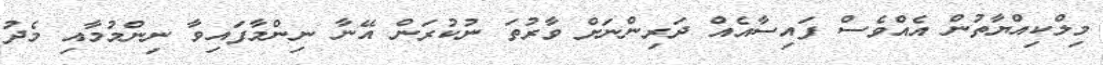
މިލްކިއްޔާތުން އެއްވެސް ފައިސާއެއް ދަރިންނަށް ވާރުތަ ނުކުރަން އޭނާ ނިންމާފައިވާ ނިންމުމާއި މެދު